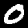
Label: 0